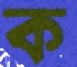
ক